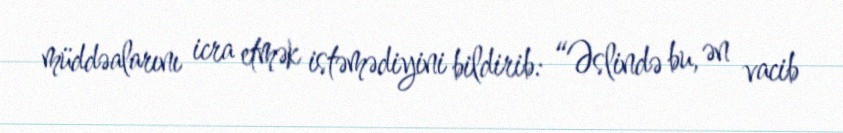
müddəalarını icra etmək istəmədiyini bildirib: “Əslində bu, ən vacib